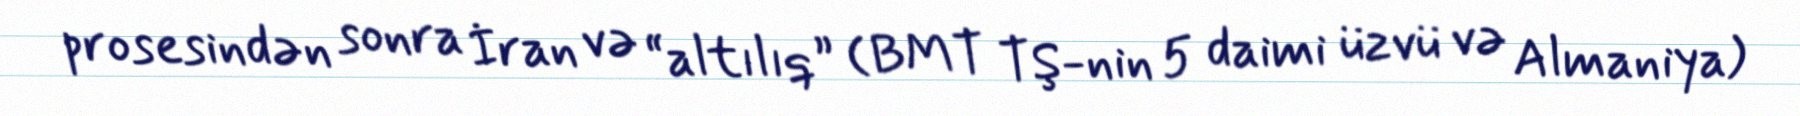
prosesindən sonra İran və “altılıq” (BMT TŞ-nin 5 daimi üzvü və Almaniya)